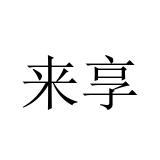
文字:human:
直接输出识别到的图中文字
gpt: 来享